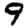
Digit: 9